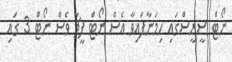
ނޯޓް ސީރީސްގައި ހިމަނާފައިވާ އެސް ނޯޓް ފީޗާ ވެސް ނޯޓް 3 ގައި